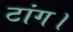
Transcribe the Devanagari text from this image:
टांग।